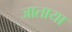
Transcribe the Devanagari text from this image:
जाताया